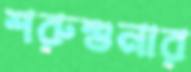
শরুশুনার